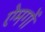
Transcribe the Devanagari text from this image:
ऐमगों